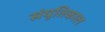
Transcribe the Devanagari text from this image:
संयुतिकाल